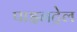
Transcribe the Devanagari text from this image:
पाइनट्रेल